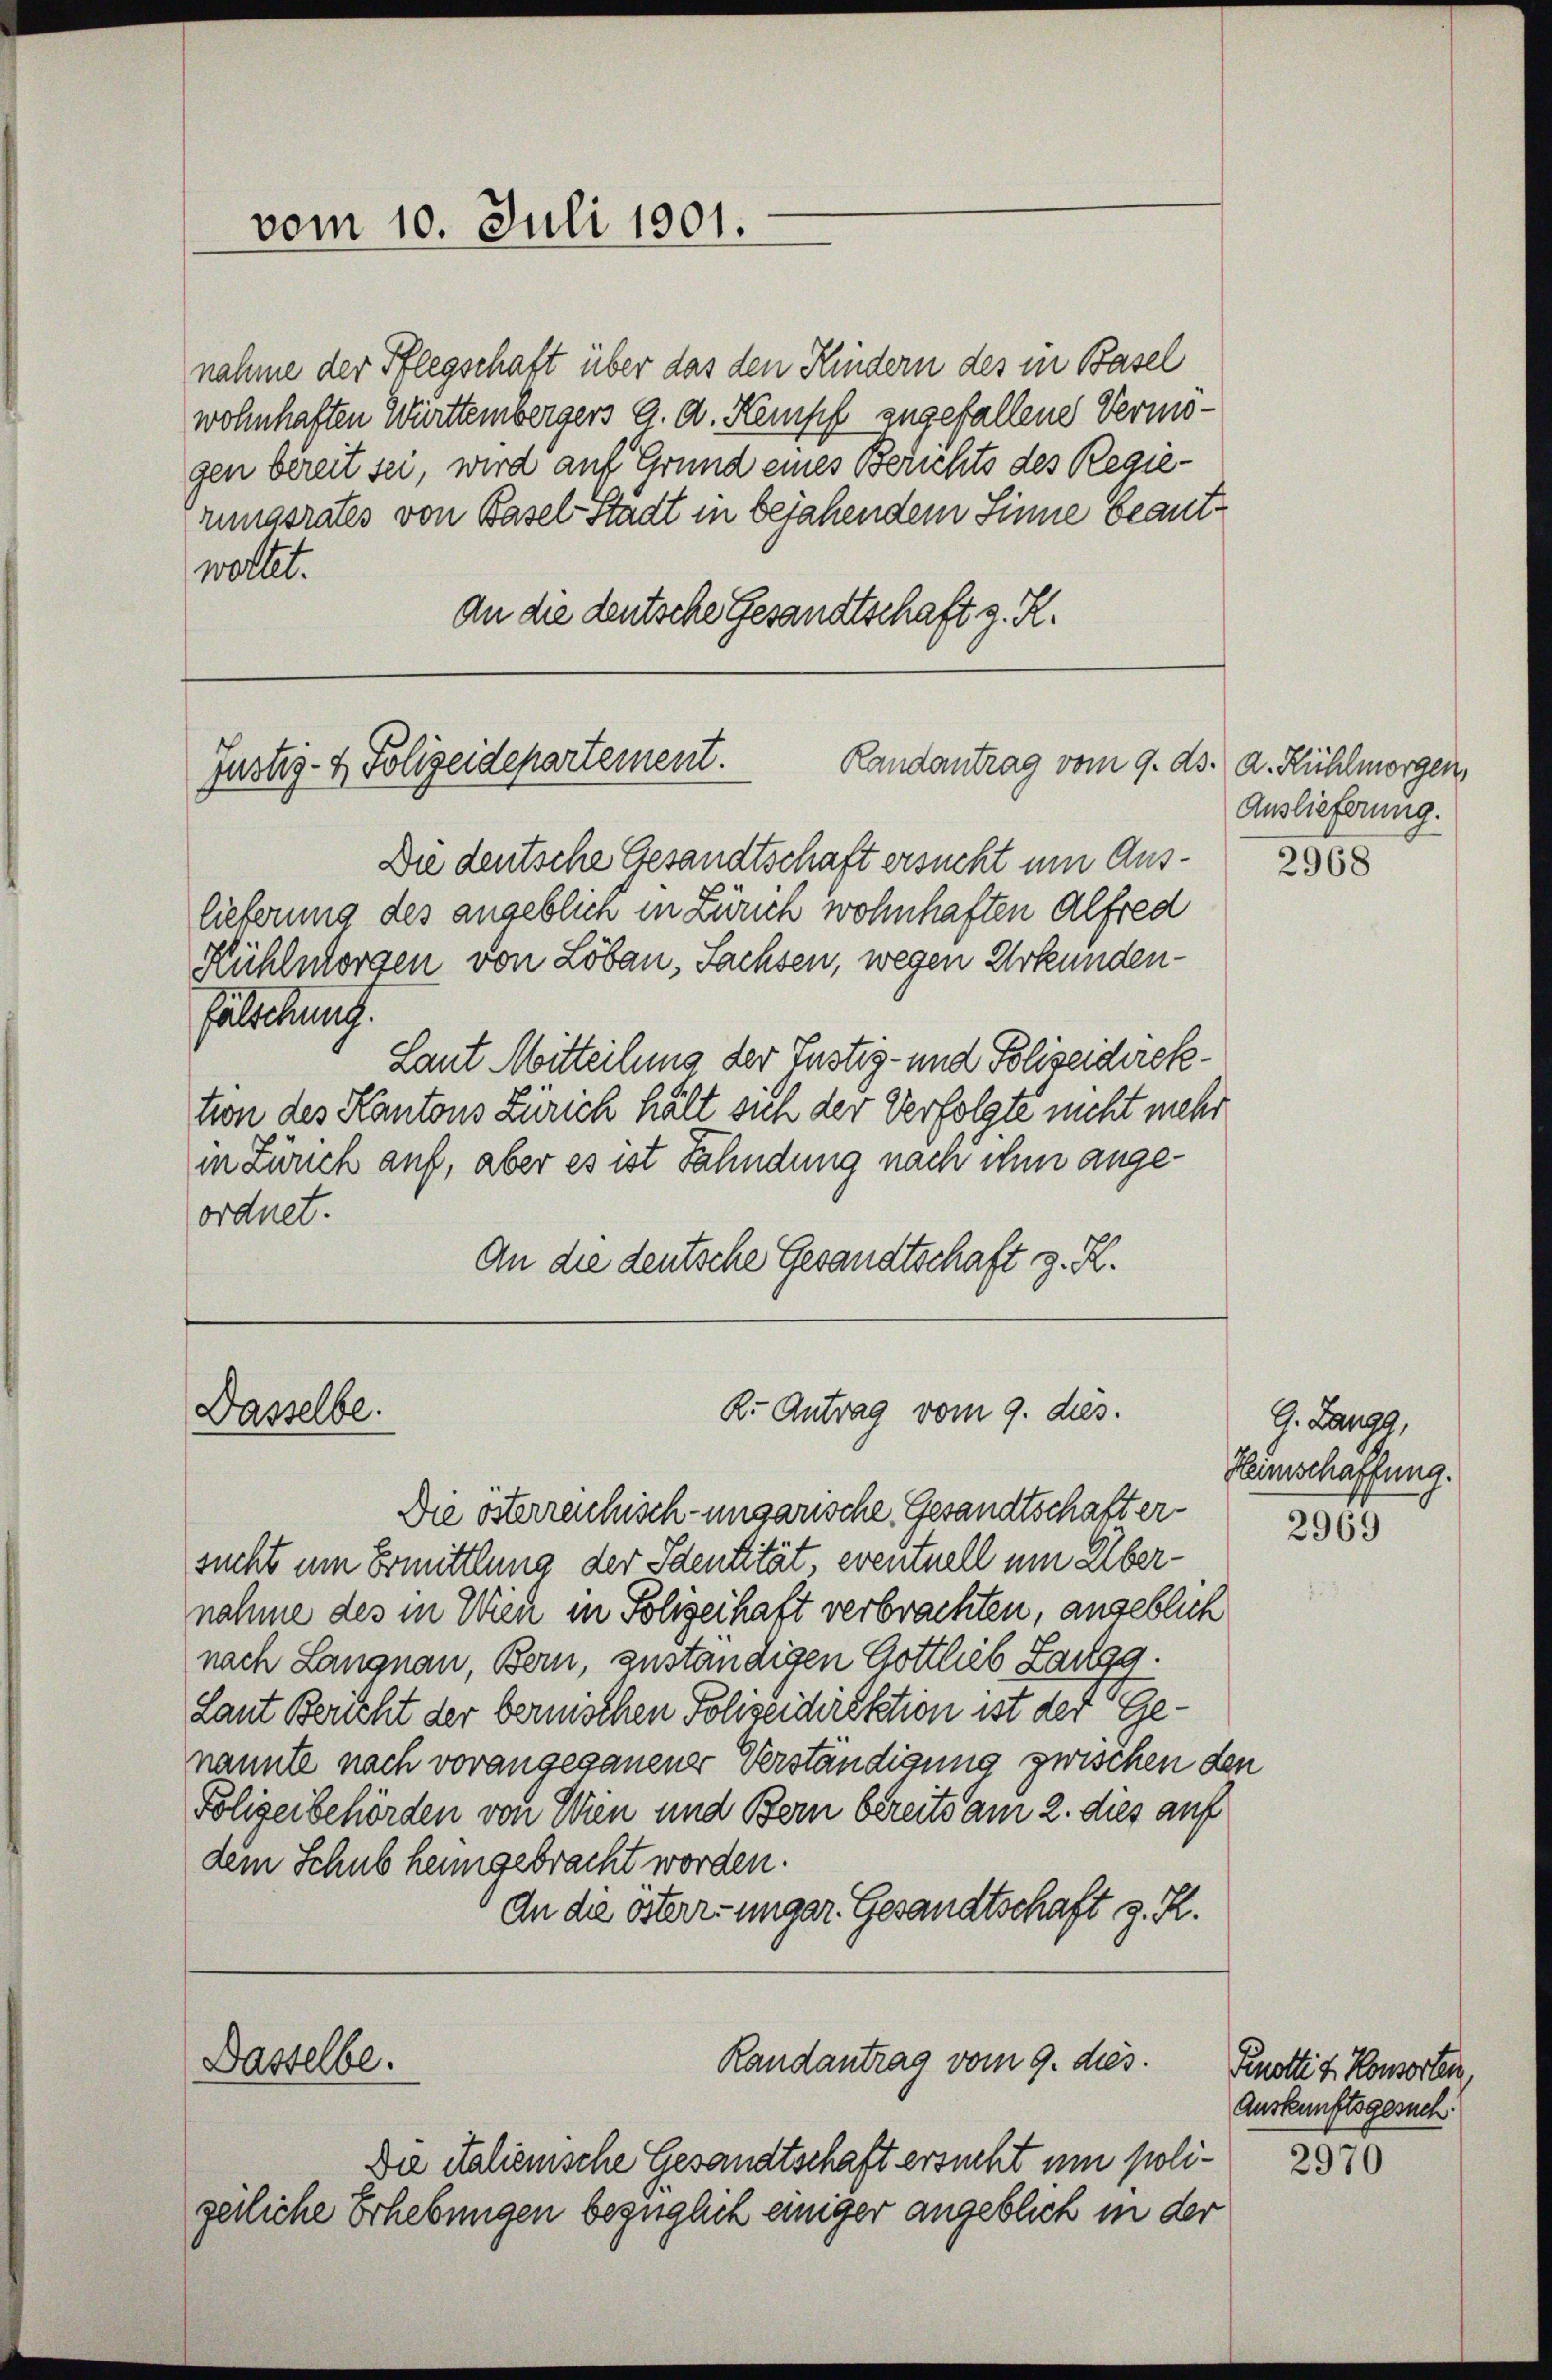
vom 10. Juli 1901.

nahme der Pflegschaft über das den Kindern des in Basel
wohnhaften Württembergers G. d. Kampf zugefallene Vermögen bereit sei, wird auf Grund eines Berichts des Regierungsrates von Basel-Stadt in bejahendem Sinne beantwaltet.
An die deutsche Gesandtschaft z. R.

Justiz- & Polizeidepartement.
Randantrag vom 9. ds. a. Kühlmorgen,

Dasselbe.

K. Antrag vom 9. dies.

Die deutsche Gesandtschaft ersucht um Auslieferung des angeblich in Zürich wohnhaften Alfred
Hühlnorgen von Lobau, Sachsen, wegen Urkundenfälschung.
Laut Mitteilung der Zustiz- und Polizeidirektion des Kantons Zürich hält sich der Verfolgte nicht mehr
in Zürich auf, aber es ist Fahndung nach ihm angeordnet.
An die deutsche Gesandtschaft z. R.

Die österreichisch-ungarische Gesandtschaft ersucht um Ermittlung der Identität, eventuell um Übernahme des in Wien in Folgerhaft verbrachten, angeblich
nach Langnau, Bern, zuständigen Gottlieb Zangg.
Laut Bericht der bernischen Polizeidirektion ist der Genannte nach vorangeganener Verständigung zwischen de
Polizeibehörden von Wien und Bern bereits am 2. dies auf
dem Schub heimgebracht worden.
An die österr. ungar. Gesandtschaft z. R.
Randantrag vom 9. dies.
Dasselbe.
Die italienische Gesandtschaft ersucht um poligetliche Erhebungen bezüglich einiger angeblich in der

Auslieferung.

2968

J. Lang,
Heimschaffung.

n

2969

Kenotti u. Konsorten,
Auskunftsgesuch:

2970